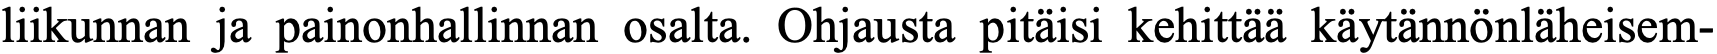
liikunnan ja painonhallinnan osalta. Ohjausta pitäisi kehittää käytännönläheisem-